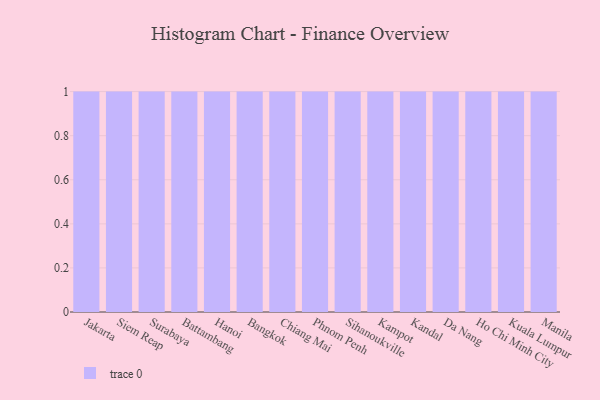
{"axis": {"x": "City", "y": "Waste Production (Tons)"}, "legend": [""], "data": [{"x": "Jakarta", "y": 64, "type": ""}, {"x": "Siem Reap", "y": 23, "type": ""}, {"x": "Surabaya", "y": 81, "type": ""}, {"x": "Battambang", "y": 29, "type": ""}, {"x": "Hanoi", "y": 48, "type": ""}, {"x": "Bangkok", "y": 81, "type": ""}, {"x": "Chiang Mai", "y": 73, "type": ""}, {"x": "Phnom Penh", "y": 71, "type": ""}, {"x": "Sihanoukville", "y": 30, "type": ""}, {"x": "Kampot", "y": 78, "type": ""}, {"x": "Kandal", "y": 64, "type": ""}, {"x": "Da Nang", "y": 73, "type": ""}, {"x": "Ho Chi Minh City", "y": 69, "type": ""}, {"x": "Kuala Lumpur", "y": 97, "type": ""}, {"x": "Manila", "y": 77, "type": ""}]}